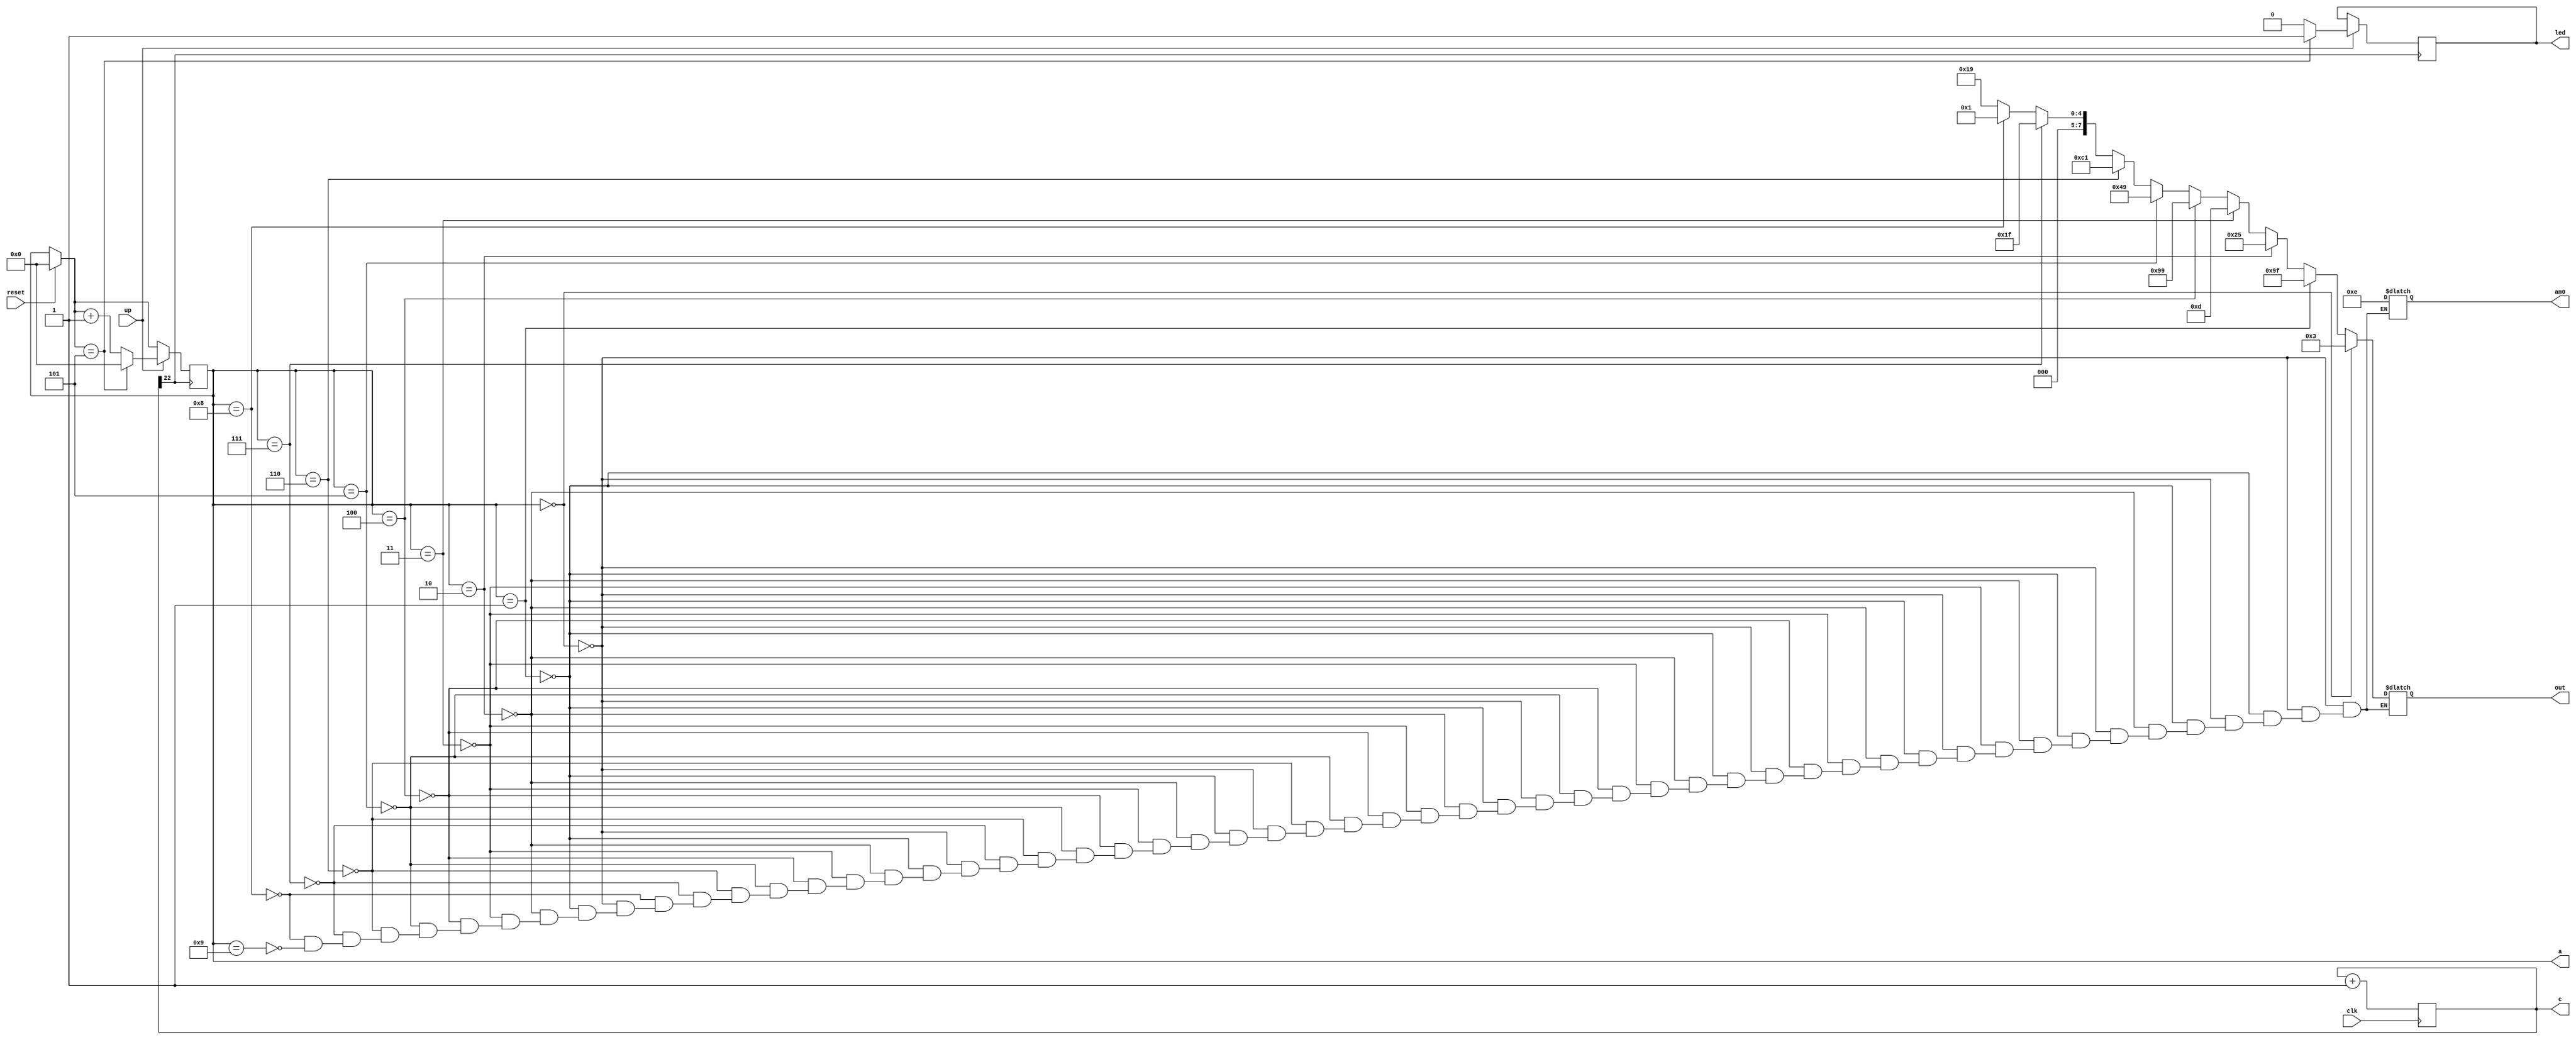
module dsdsad(clk,c,reset,led,up,a,out,am0);  //by Tsai Cheng Hong.
input clk,reset,up;
output reg led=0;   //Pin:c10
output reg [25:0] c=0; 
output reg [7:0] a,out;
output reg [3:0] am0;
// This is a flash-led's program.
always@(posedge clk)
c=c+1;
always@(posedge c[22])
begin
if (reset)
a=0;
if (up)
	begin
	if (a==5)
		begin
	a=0;
	led=1; //When a is 5,led will open .  
		end
	else
		begin
	a=a+1;
	led=0;
		end
	end
end
			
 always@(a)
	 begin
	  if     (a==4'd0) begin out=8'b00000011; am0=4'd14; end
	  else if(a==4'd1) begin out=8'b10011111; am0=4'd14; end
	  else if(a==4'd2) begin out=8'b00100101; am0=4'd14; end
	  else if(a==4'd3) begin out=8'b00001101; am0=4'd14; end
	  else if(a==4'd4) begin out=8'b10011001; am0=4'd14; end
	  else if(a==4'd5) begin out=8'b01001001; am0=4'd14; end
	  else if(a==4'd6) begin out=8'b11000001; am0=4'd14; end
	  else if(a==4'd7) begin out=8'b00011111; am0=4'd14; end
	  else if(a==4'd8) begin out=8'b00000001; am0=4'd14; end
	  else if(a==4'd9) begin out=8'b00011001; am0=4'd14; end
	 end

endmodule